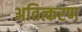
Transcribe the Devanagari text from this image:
अतित्करण